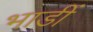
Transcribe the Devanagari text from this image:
भाडीं